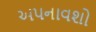
અપનાવશો